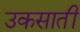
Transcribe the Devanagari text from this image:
उकसातीं